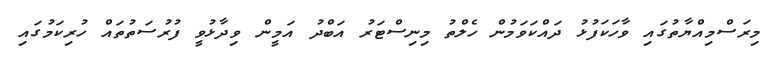
މިރަސްމިއްޔާތުގައި ވާހަކަފުޅު ދައްކަވަމުން ހެލްތު މިނިސްޓަރު އަބްދު އަމީން ވިދާޅުވީ ފުރުސަތުތައް ހުރިކަމުގައި